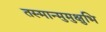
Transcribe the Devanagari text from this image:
तस्मान्मुमुक्षुभि